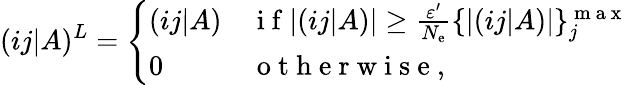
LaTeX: (ij|A)^{L}=\left\{ \begin{array}{ll}{(ij|A)}&{\mathrm{~i~f~}|(ij|A)|\ge\frac{\varepsilon^{\prime}}{N_{\mathrm{e}}}\{ |(ij|A)|\} _{j}^{\mathrm{~m~a~x~}}}\\ {0}&{\mathrm{~o~t~h~e~r~w~i~s~e~,~}}\end{array}\right.